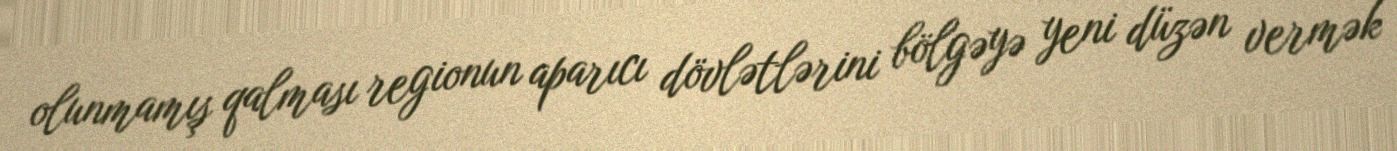
olunmamış qalması regionun aparıcı dövlətlərini bölgəyə yeni düzən vermək